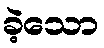
ခဲ့သော